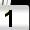
Digit: 1